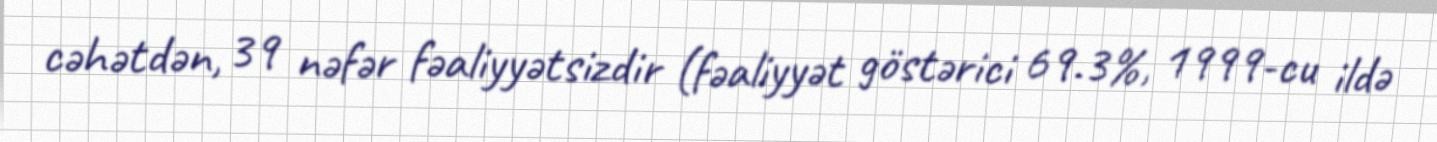
cəhətdən, 39 nəfər fəaliyyətsizdir (fəaliyyət göstərici 69.3%, 1999-cu ildə